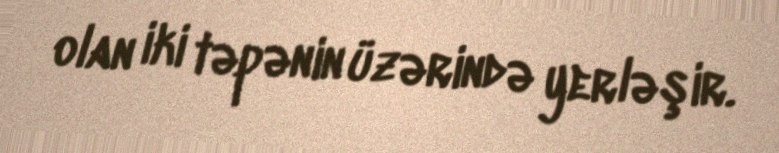
olan iki təpənin üzərində yerləşir.